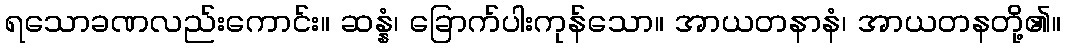
ရသောခဏလည်းကောင်း။ ဆန္နံ၊ ခြောက်ပါးကုန်သော။ အာယတနာနံ၊ အာယတနတို့၏။